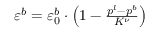
\begin{array} { r } { \varepsilon ^ { b } = \varepsilon _ { 0 } ^ { b } \cdot \left( 1 - \frac { p ^ { l } - p ^ { b } } { K ^ { \nu } } \right) } \end{array}